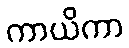
ကာယိကာ